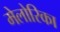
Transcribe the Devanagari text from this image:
मेलोरिका